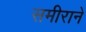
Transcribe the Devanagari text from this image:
समीराने